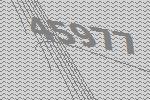
45977